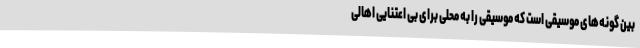
بین گونه‌های موسیقی است که موسیقی را به محلی برای بی اعتنایی اهالی